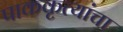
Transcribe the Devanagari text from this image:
पाककृत्यांचा